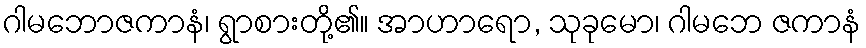
ဂါမဘောဇကာနံ၊ ရွာစားတို့၏။ အာဟာရော, သုခုမော၊ ဂါမဘေ ဇကာနံ